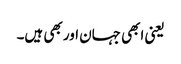
یعنی ابھی جہان اور بھی ہیں۔